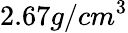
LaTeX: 2.67g/cm^{3}